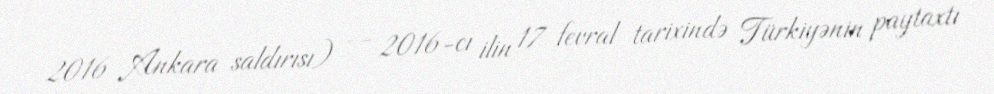
2016 Ankara saldırısı) — 2016-cı ilin 17 fevral tarixində Türkiyənin paytaxtı